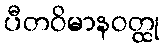
ပီတဝိမာနဝတ္ထု